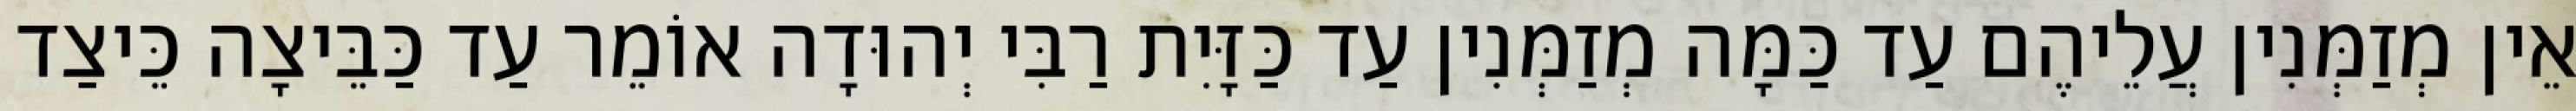
אֵין מְזַמְּנִין עֲלֵיהֶם עַד כַּמָּה מְזַמְּנִין עַד כַּזָּיִת רַבִּי יְהוּדָה אוֹמֵר עַד כַּבֵּיצָה כֵּיצַד